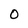
Character: O